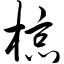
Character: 椋